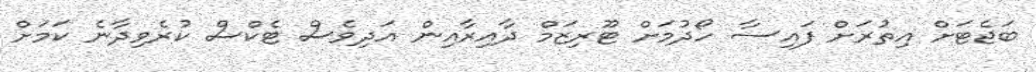
ބަޖެޓަށް އިތުރަށް ފައިސާ ހޯދުމަށް ޓޫރިޒަމް ދާއިރާއިން އަދިވެސް ޓެކްސް ކުރެވިދާނެ ކަމަށް